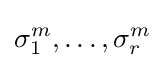
\sigma _{1}^{m},\ldots ,\sigma _{r}^{m}